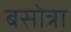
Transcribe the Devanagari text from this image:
बसोत्रा